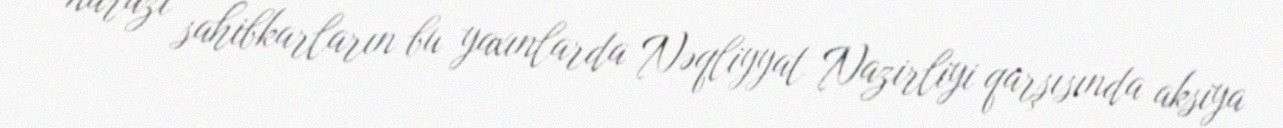
narazı sahibkarların bu yaxınlarda Nəqliyyat Nazirliyi qarşısında aksiya